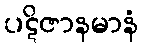
ပဋိဇာနမာနံ